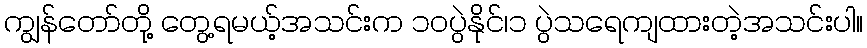
ကျွန်တော်တို့ တွေ့ရမယ့်အသင်းက ၁၀ပွဲနိုင်၊၁ ပွဲသရေကျထားတဲ့အသင်းပါ။